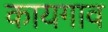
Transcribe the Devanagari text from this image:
कायगाव